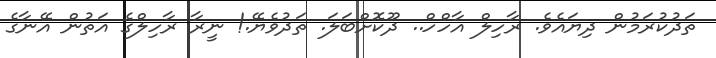
ތަދުކުރަމުން ދިޔައެވެ. ރާހިލް އާހްހް.. ދޫކޮށްބަލަ. ތަދުވެޔޭ.! ނީރާ ރާހިލްގެ އަތުން އޭނާގެ